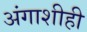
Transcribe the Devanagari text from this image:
अंगाशीही